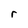
Character: r